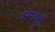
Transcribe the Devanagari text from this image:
मुरुंगपट्टी